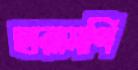
হারামণি